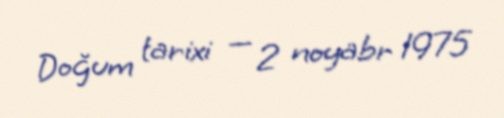
Doğum tarixi — 2 noyabr 1975